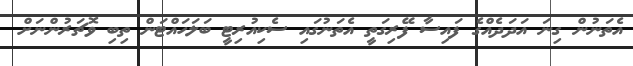
އެތަނުން ގިނަ އަދަދެއްގެ ފައިސާ ފޭރިގަތީ އެތަނުގައި ސެކިއުރިޓީ ބަލަހައްޓަން ތިބި ވޮޗަރުންނަށް